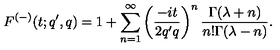
F ^ { ( - ) } ( t ; q ^ { \prime } , q ) = 1 + \sum _ { n = 1 } ^ { \infty } \left( \frac { - i t } { 2 q ^ { \prime } q } \right) ^ { n } \frac { \Gamma ( \lambda + n ) } { n ! \Gamma ( \lambda - n ) } .